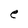
Character: e